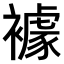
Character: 𧝲